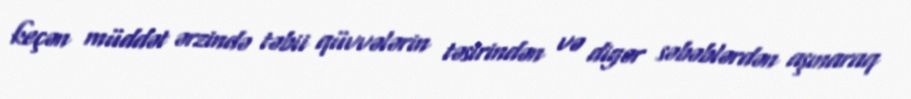
keçən müddət ərzində təbii qüvvələrin təsirindən və digər səbəblərdən aşınaraq